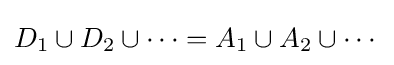
D_{1}\cup D_{2}\cup \cdots =A_{1}\cup A_{2}\cup \cdots